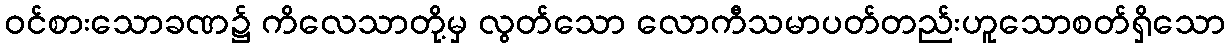
ဝင်စားသောခဏ၌ ကိလေသာတို့မှ လွတ်သော လောကီသမာပတ်တည်းဟူသောစတ်ရှိသော